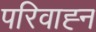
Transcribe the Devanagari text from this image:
परिवाह्न